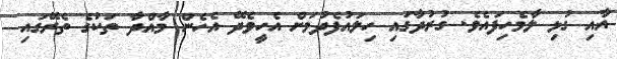
އާއި ގުޅި ލާމެހިފައެވެ. ގުރުދާގައި ހިލައުފެދުމަށް އެހީވެދޭ އެހެން މާއްދާ ތަކުގެ ތެރޭގައި